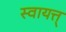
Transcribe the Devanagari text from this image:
स्वायत्त्